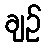
ချဉ်